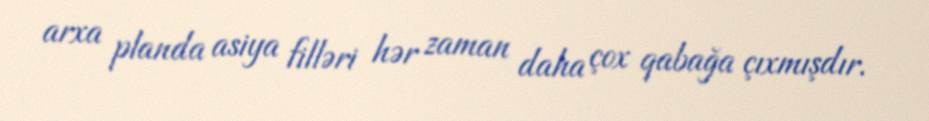
arxa planda asiya filləri hər zaman daha çox qabağa çıxmışdır.